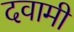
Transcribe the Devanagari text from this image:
दवामी